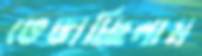
ভেঙাচ্ছিলাম